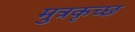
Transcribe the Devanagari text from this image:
मुत्रकृच्छ